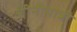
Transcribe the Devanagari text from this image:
चीनीयात्री